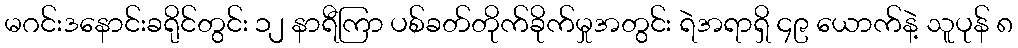
မဂင်းဒနောင်းခရိုင်တွင်း ၁၂ နာရီကြာ ပစ်ခတ်တိုက်ခိုက်မှုအတွင်း ရဲအရာရှိ ၄၉ ယောက်နဲ့ သူပုန် ၈